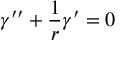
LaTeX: \gamma ^ { \prime \prime } + \frac { 1 } { r } \gamma ^ { \prime } = 0